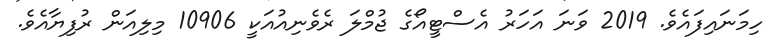
ހިމަނައިފައެވެ. 2019 ވަނަ އަހަރު އެސްޓީއޯގެ ޖުމްލަ ރެވެނިއުއަކީ 10906 މިލިއަން ރުފިޔާއެވެ.